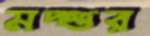
মদ্‌গুর